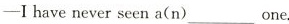
—I have never seen a(n) ___ one.